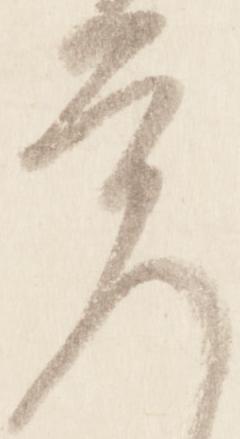
覚